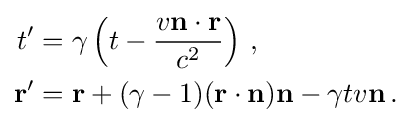
{\begin{aligned}t'&=\gamma \left(t-{\frac {v\mathbf {n} \cdot \mathbf {r} }{c^{2}}}\right)\,,\\\mathbf {r} '&=\mathbf {r} +(\gamma -1)(\mathbf {r} \cdot \mathbf {n} )\mathbf {n} -\gamma tv\mathbf {n} \,.\end{aligned}}